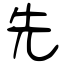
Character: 先